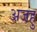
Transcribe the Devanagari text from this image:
अजहु